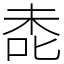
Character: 㖝